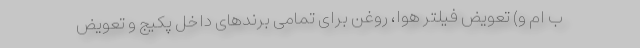
ب ام و) تعویض فیلتر هوا، روغن برای تمامی برندهای داخل پکیج و تعویض